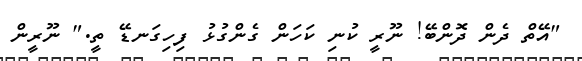
"އޭތް ދެން ދޮންބޭ! ނޫރީ ކުނި ކަހަން ގެންގުޅު ފިިހިގަނޑޭ ތީ." ނޫރީން